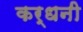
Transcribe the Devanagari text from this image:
कर्धनी